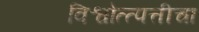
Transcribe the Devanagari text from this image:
विश्वोत्त्पत्तीचा